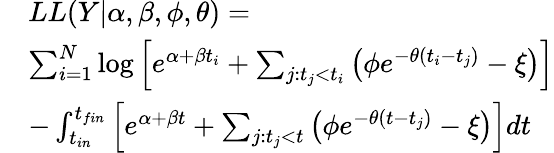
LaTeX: \begin{array}{rl}&{LL(Y|\alpha,\beta,\phi,\theta)=}\\ &{\sum_{i=1}^{N}\log\left[e^{\alpha+\beta t_{i}}+\sum_{j:t_{j}<t_{i}}\left(\phi e^{-\theta(t_{i}-t_{j})}-\xi\right)\right]}\\ &{-\int_{t_{in}}^{t_{fin}}\left[e^{\alpha+\beta t}+\sum_{j:t_{j}<t}\left(\phi e^{-\theta(t-t_{j})}-\xi\right)\right]dt}\end{array}